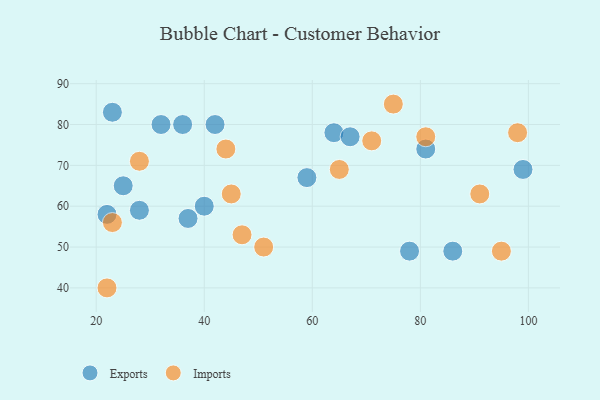
{"axis": {"x": "GDP", "y": "Life Expectancy"}, "legend": ["Exports", "Imports"], "data": [{"x": "37", "y": 57, "type": "Exports"}, {"x": "86", "y": 49, "type": "Exports"}, {"x": "64", "y": 78, "type": "Exports"}, {"x": "28", "y": 59, "type": "Exports"}, {"x": "67", "y": 77, "type": "Exports"}, {"x": "22", "y": 58, "type": "Exports"}, {"x": "78", "y": 49, "type": "Exports"}, {"x": "40", "y": 60, "type": "Exports"}, {"x": "81", "y": 74, "type": "Exports"}, {"x": "59", "y": 67, "type": "Exports"}, {"x": "23", "y": 83, "type": "Exports"}, {"x": "32", "y": 80, "type": "Exports"}, {"x": "25", "y": 65, "type": "Exports"}, {"x": "36", "y": 80, "type": "Exports"}, {"x": "99", "y": 69, "type": "Exports"}, {"x": "42", "y": 80, "type": "Exports"}, {"x": "91", "y": 63, "type": "Imports"}, {"x": "23", "y": 56, "type": "Imports"}, {"x": "51", "y": 50, "type": "Imports"}, {"x": "45", "y": 63, "type": "Imports"}, {"x": "28", "y": 71, "type": "Imports"}, {"x": "47", "y": 53, "type": "Imports"}, {"x": "44", "y": 74, "type": "Imports"}, {"x": "71", "y": 76, "type": "Imports"}, {"x": "75", "y": 85, "type": "Imports"}, {"x": "95", "y": 49, "type": "Imports"}, {"x": "81", "y": 77, "type": "Imports"}, {"x": "98", "y": 78, "type": "Imports"}, {"x": "22", "y": 40, "type": "Imports"}, {"x": "65", "y": 69, "type": "Imports"}]}